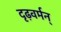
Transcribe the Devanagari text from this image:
दृढ़वर्मन्